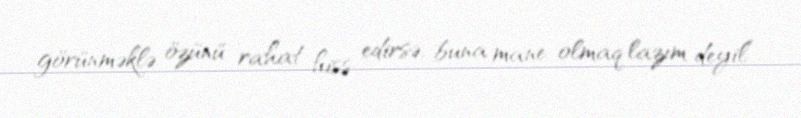
görünməklə özünü rahat hiss edirsə, buna mane olmaq lazım deyil”.